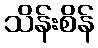
သိန်းစိန်